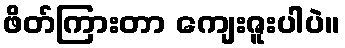
ဖိတ်ကြားတာ ကျေးဇူးပါပဲ။